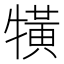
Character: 𤛥